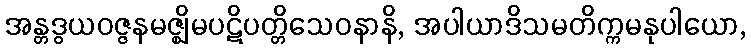
အန္တဒွယဝဇ္ဇနမဇ္ဈိမပဋိပတ္တိသေဝနာနိ, အပါယာဒိသမတိက္ကမနုပါယော,